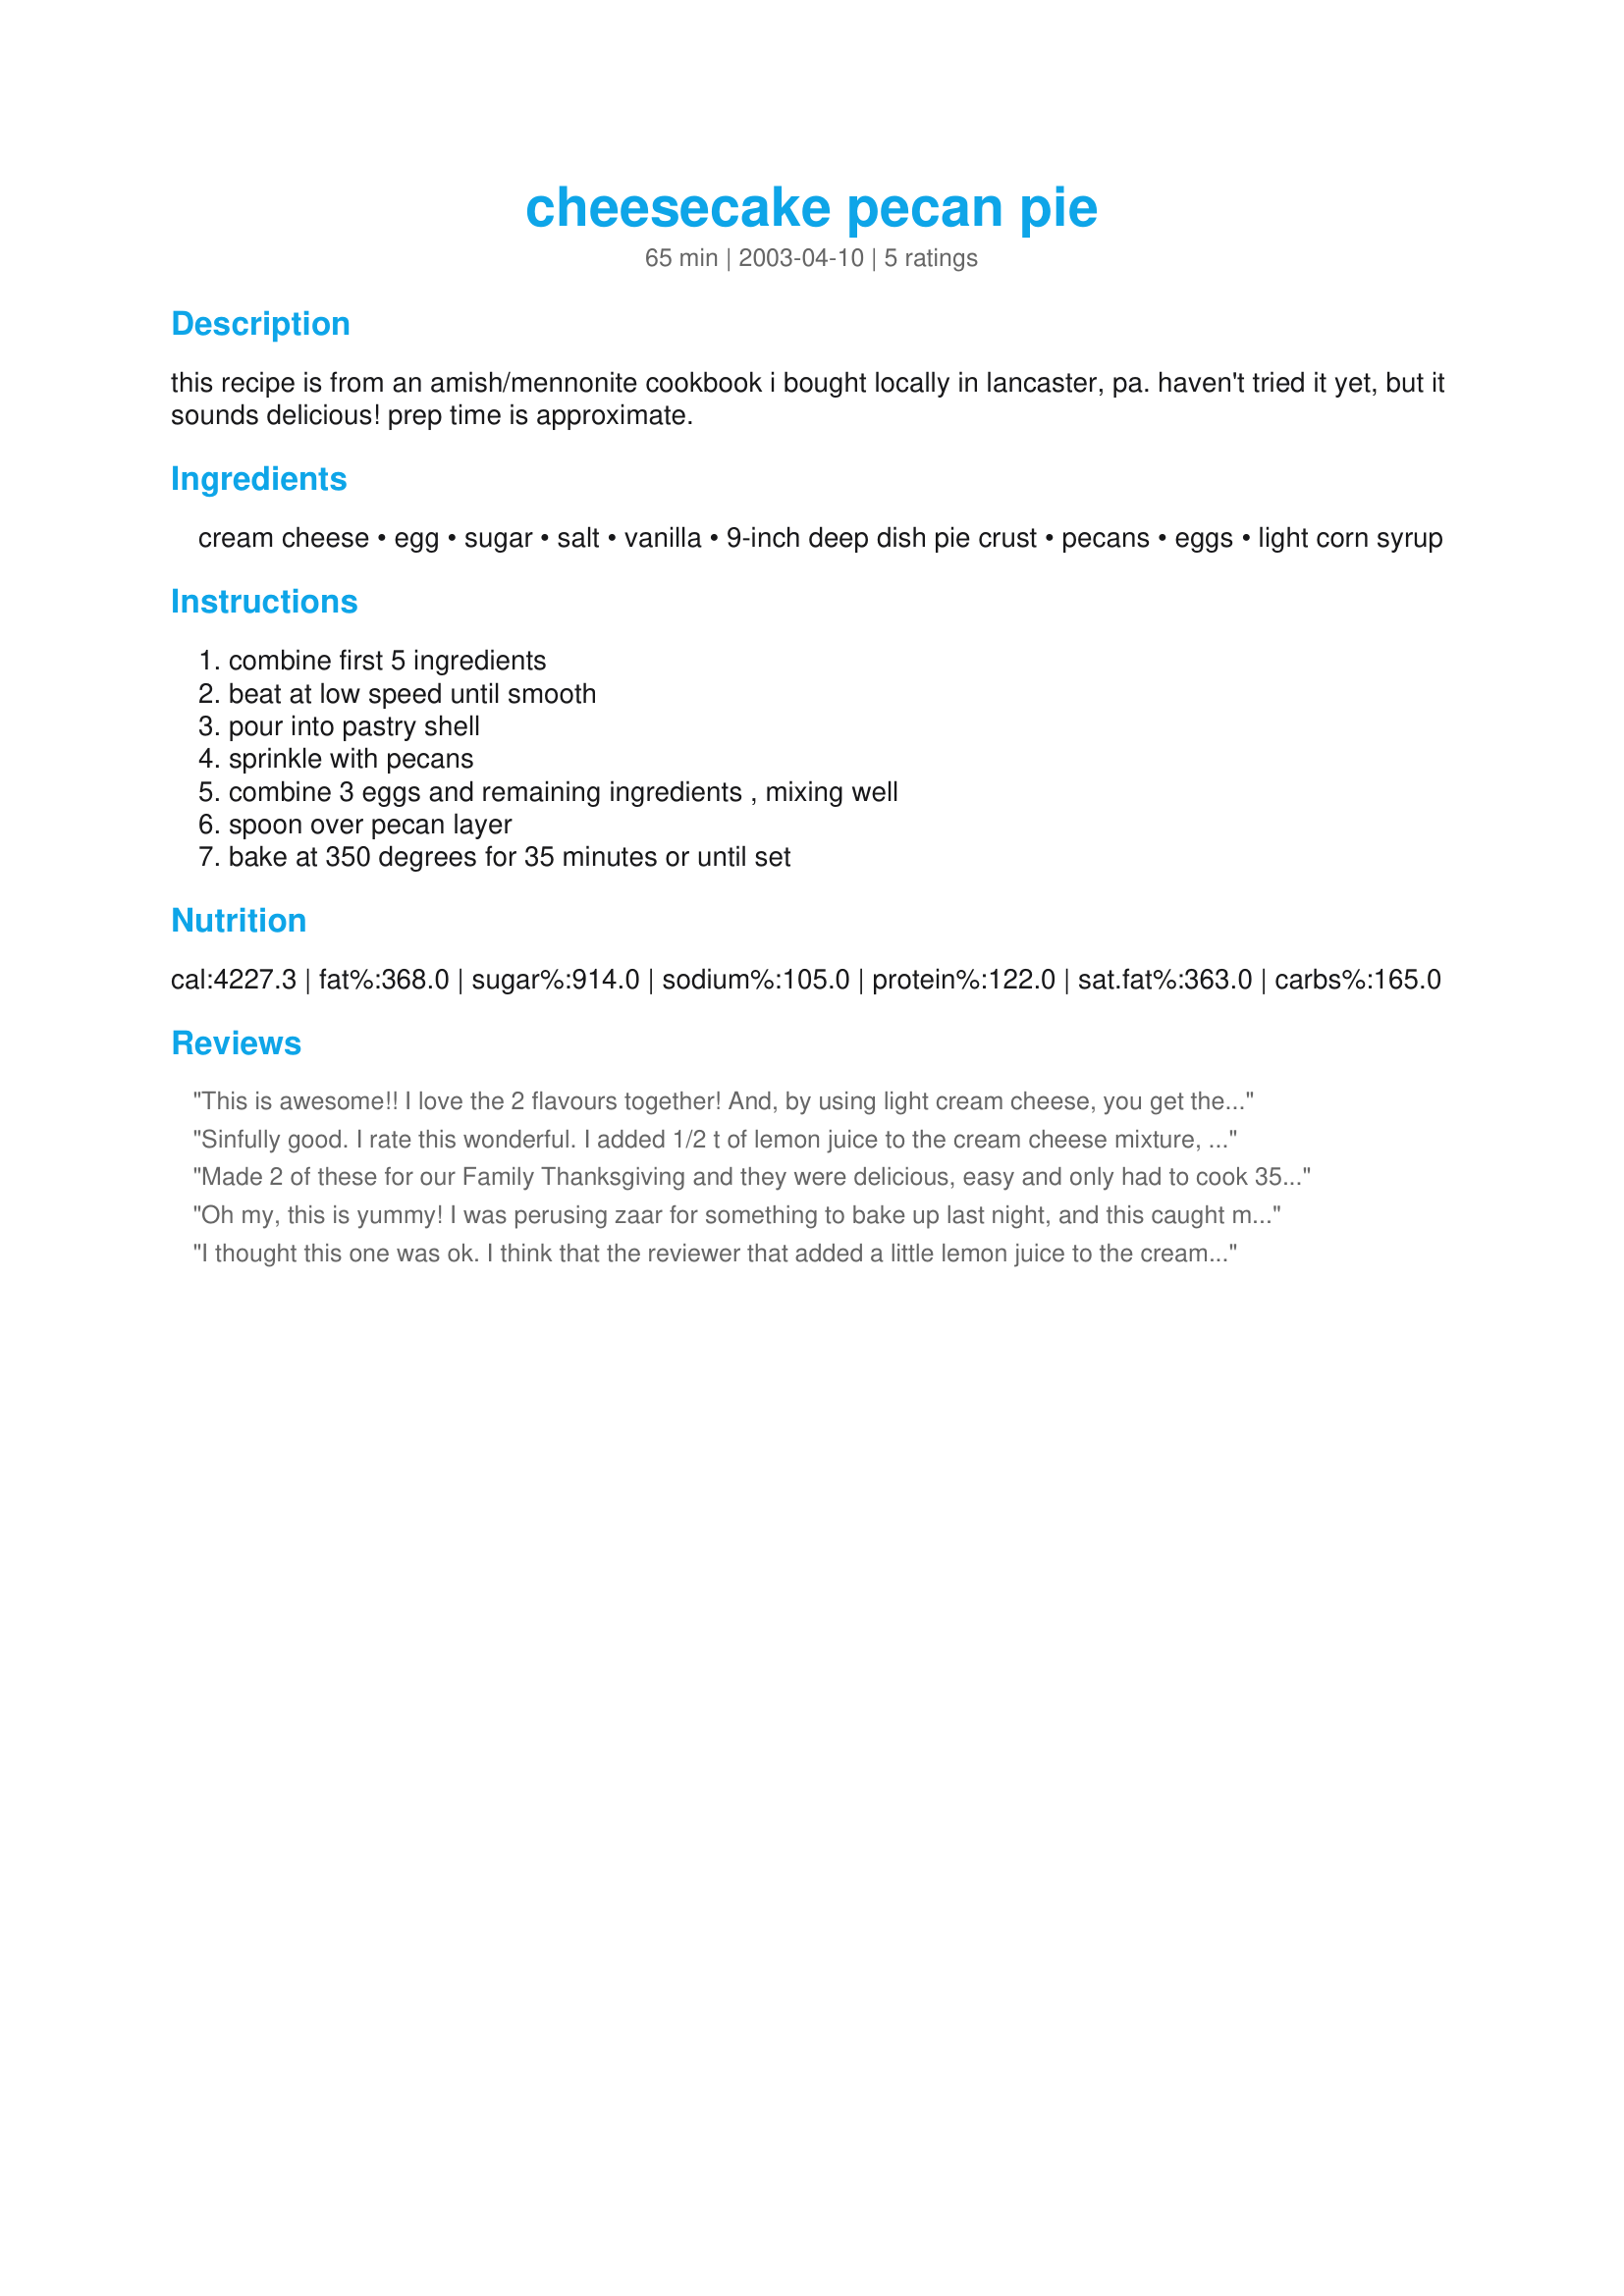
cheesecake pecan pie
Preparation time: 65 minutes

this recipe is from an amish/mennonite cookbook i bought locally in lancaster, pa. haven't tried it yet, but it sounds delicious! prep time is approximate.

Ingredients:
cream cheese, egg, sugar, salt, vanilla, 9-inch deep dish pie crust, pecans, eggs, light corn syrup

Steps:
combine first 5 ingredients, beat at low speed until smooth, pour into pastry shell, sprinkle with pecans, combine 3 eggs and remaining ingredients , mixing well, spoon over pecan layer, bake at 350 degrees for 35 minutes or until set

Reviews:
This is awesome!! I love the 2 flavours together! And, by using light cream cheese, you get the pecan pie flavour with way less fat & sugar! I must say I don't quite understand how the pecan pie filling ended up underneath the cream cheese filling - a baking mystery ;)
Sinfully good. I rate this wonderful. I added 1/2 t of lemon juice to the cream cheese mixture, to help it cut though the pecan flavor. Also, reduced the vinilla to 1/2 t. I'm baking this for Xmas gifts.
Made 2 of these for our Family Thanksgiving and they were delicious, easy and only had to cook 35 minutes! Thanks for the recipe.
Oh my, this is yummy! I was perusing zaar for something to bake up last night, and this caught my eye. I had wanted to bake a cheesecake but didn't have enough cream cheese, then I saw this and knew I had to try it. The flavors of cheesecake and pecan pie go together wonderfully - who would've thought? Let me tell you, this one will definitely be made again. Gracias for a great recipe!
I thought this one was ok. I think that the reviewer that added a little lemon juice to the cream cheese mixture was right to do so. The cream cheese flavor just didn't seem to come out enough to suit me. I think I'll play with the recipe a little but its a good starting place. Thanks.
